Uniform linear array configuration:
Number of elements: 48
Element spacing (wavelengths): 1
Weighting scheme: exponential
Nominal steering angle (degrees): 15
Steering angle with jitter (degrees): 16.613
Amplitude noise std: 0.05
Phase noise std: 0.05

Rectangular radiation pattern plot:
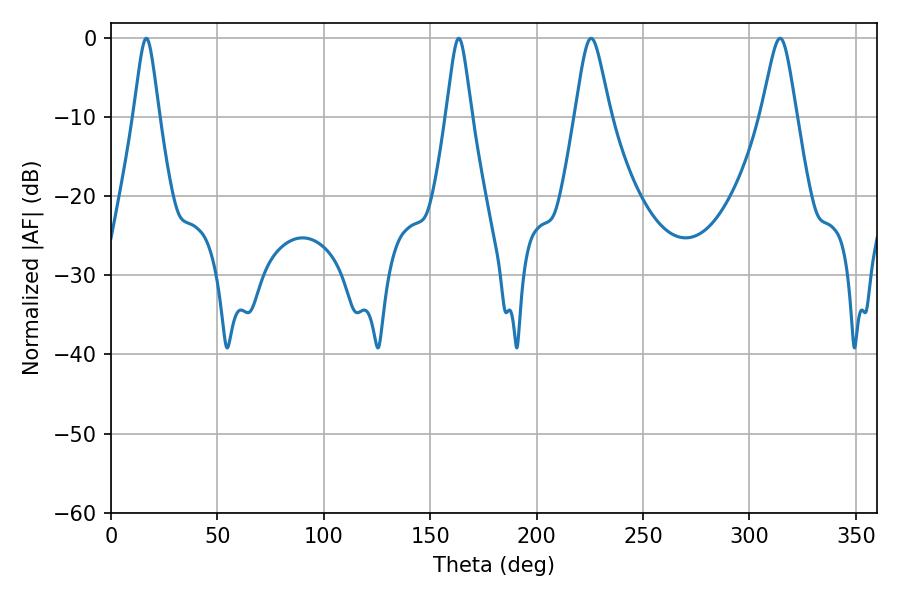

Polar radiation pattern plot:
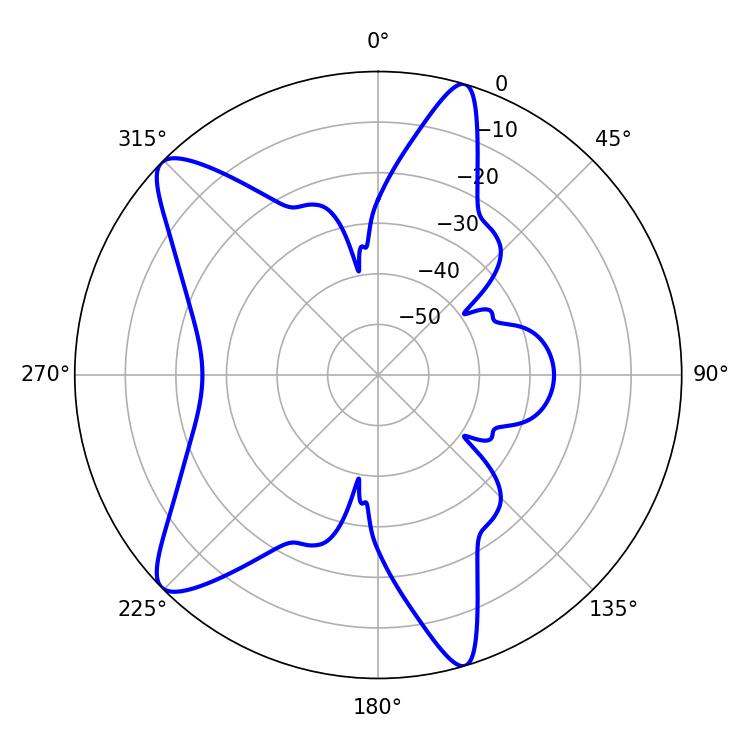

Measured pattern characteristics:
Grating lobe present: TRUE
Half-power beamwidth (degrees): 5.76
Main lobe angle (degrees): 16.56